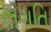
લગતિ